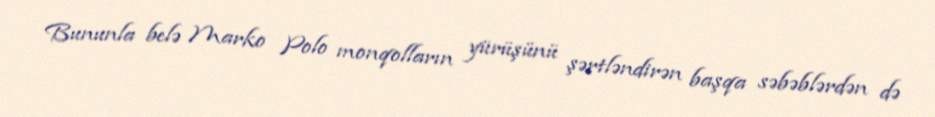
Bununla belə Marko Polo monqolların yürüşünü şərtləndirən başqa səbəblərdən də